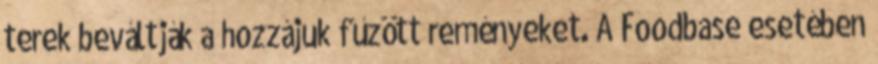
terek beváltják a hozzájuk fűzött reményeket. A Foodbase esetében